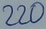
Text: 220